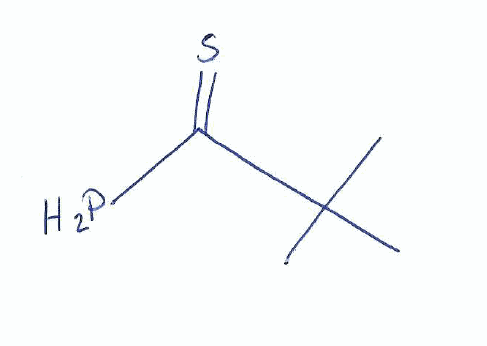
Simplified molecular-input line-entry system (SMILES) notation of the given molecule:
CC(C)(C)C(=S)P